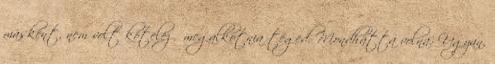
másként, nem volt kötelező megalkotnia téged. Mondhatta volna: Ugyan,